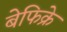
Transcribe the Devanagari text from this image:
बेफिक्रे